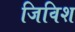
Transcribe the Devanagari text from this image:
जिविश